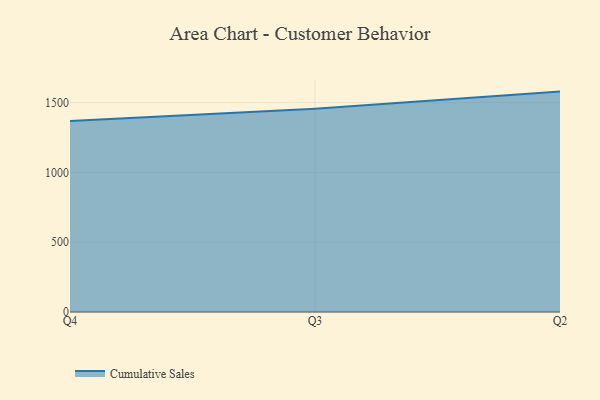
{"axis": {"x": "Quarter", "y": "Customer Acquisition Cost (USD)"}, "legend": ["Cumulative Sales"], "data": [{"x": "Q4", "y": 1367.7, "type": "Cumulative Sales"}, {"x": "Q3", "y": 1456.5, "type": "Cumulative Sales"}, {"x": "Q2", "y": 1579.1, "type": "Cumulative Sales"}]}